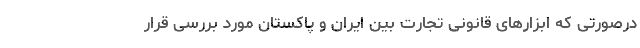
درصورتی که ابزارهای قانونی تجارت بین ایران و پاکستان مورد بررسی قرار